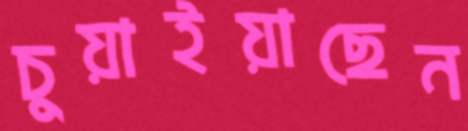
চুয়াইয়াছেন